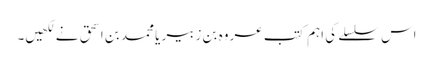
اس سلسلے کی اہم کتب عروہ بن زبیر یا محمد بن اسحق نے لکھیں۔